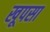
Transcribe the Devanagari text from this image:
खूपसा